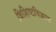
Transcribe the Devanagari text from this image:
विशिष्टविज्ञान